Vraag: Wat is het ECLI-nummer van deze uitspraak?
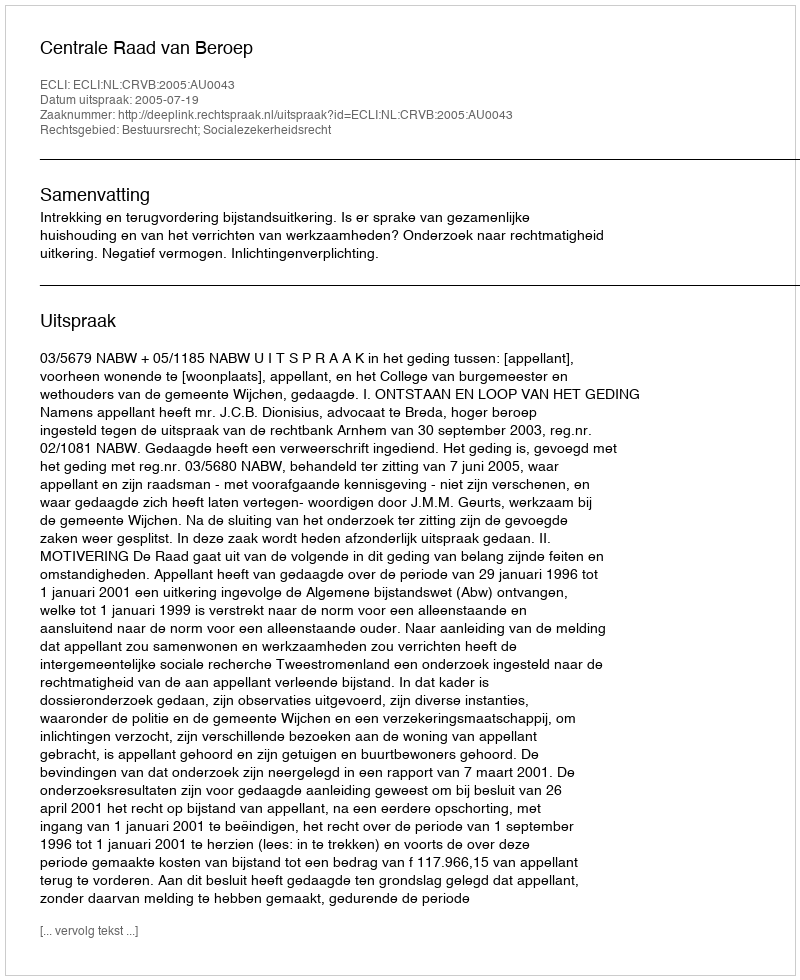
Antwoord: ECLI:NL:CRVB:2005:AU0043